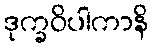
ဒုက္ခဝိပါကာနိ